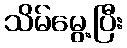
သိမ်မွေ့ပြီး